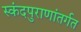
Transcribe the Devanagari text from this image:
स्कंदपुराणांतर्गत